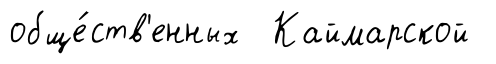
обще́ств'енных Каймарской